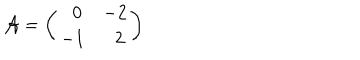
{ \cal A } = \left( \begin{matrix} { { \ \ 0 } } & { { - 2 } } \\ { { - 1 } } & { { \ \ 2 } } \\ \end{matrix} \right)